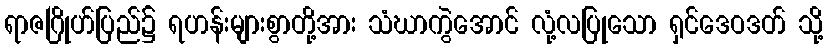
ရာဇဂြိုဟ်ပြည်၌ ရဟန်းများစွာတို့အား သံဃာကွဲအောင် လုံ့လပြုသော ရှင်ဒေဝဒတ် သို့